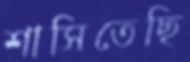
শাসিতেছি